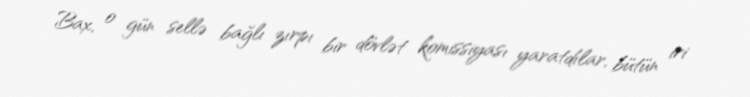
Bax, o gün sellə bağlı zırpı bir dövlət komissiyası yaratdılar, bütün iri